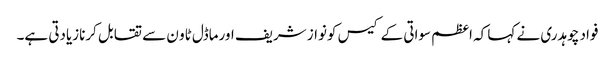
فواد چوہدری نے کہا کہ اعظم سواتی کے کیس کونواز شریف اورماڈل ٹاو ن سے تقابل کرنازیادتی ہے۔